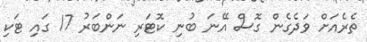
ތެރެއަށް ވަދެގެން ގޮސް އޭނަ ބުނި ކޮޓަރި ނަންބަރު 17 ގައި ޓަކި